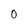
Character: 0